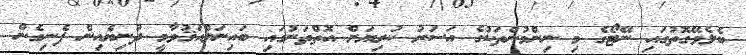
ބެލެވޭގޮތުގައި ނޭޓޯގެ މި ނިންމުންތަކުގެ އަސަރު ކުރިޔަށް އޮތްތަނުގައި ބައިނަލްއަޤުވާމީ ދުނިޔެއިން ފެނިގެން